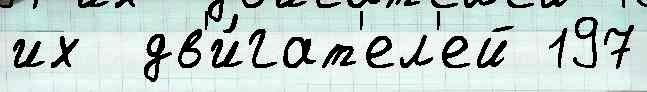
их  дв'и́гат'ел'ей 197